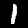
Digit: 1